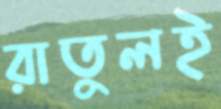
রাতুলই